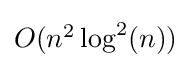
{\textstyle O(n^{2}\log ^{2}(n))}